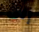
إلى